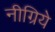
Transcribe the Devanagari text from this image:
नीग्रिये